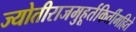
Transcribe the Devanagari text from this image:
ज्योतीराजमुहूर्तकिर्तीमहिते